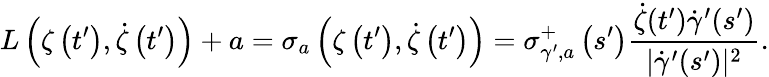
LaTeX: L\left(\zeta\left(t^{\prime}\right),\dot{\zeta}\left(t^{\prime}\right)\right)+a=\sigma_{a}\left(\zeta\left(t^{\prime}\right),\dot{\zeta}\left(t^{\prime}\right)\right)=\sigma_{\gamma^{\prime},a}^{+}\left(s^{\prime}\right)\frac{\dot{\zeta}(t^{\prime})\dot{\gamma}^{\prime}(s^{\prime})}{|\dot{\gamma}^{\prime}(s^{\prime})|^{2}}.